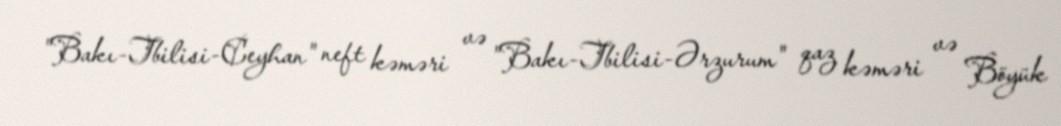
"Bakı-Tbilisi-Ceyhan" neft kəməri və "Bakı-Tbilisi-Ərzurum" qaz kəməri və Böyük